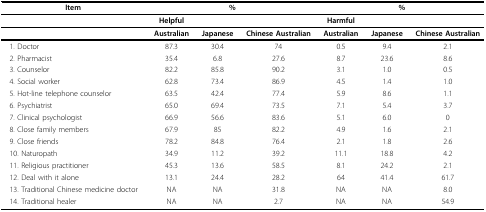
<table><thead><tr><td><b>Item</b></td><td colspan="3"><b>%</b></td><td colspan="3"><b>%</b></td></tr><tr><td></td><td><b>Helpful</b></td><td></td><td></td><td><b>Harmful</b></td><td></td><td></td></tr></thead><tbody><tr><td></td><td><b>Australian</b></td><td><b>Japanese</b></td><td><b>Chinese Australian</b></td><td><b>Australian</b></td><td><b>Japanese</b></td><td><b>Chinese Australian</b></td></tr><tr><td> 1. Doctor</td><td>87.3</td><td>30.4</td><td>74</td><td>0.5</td><td>9.4</td><td>2.1</td></tr><tr><td> 2. Pharmacist</td><td>35.4</td><td>6.8</td><td>27.6</td><td>8.7</td><td>23.6</td><td>8.6</td></tr><tr><td> 3. Counselor</td><td>82.2</td><td>85.8</td><td>90.2</td><td>3.1</td><td>1.0</td><td>0.5</td></tr><tr><td> 4. Social worker</td><td>62.8</td><td>73.4</td><td>86.9</td><td>4.5</td><td>1.4</td><td>1.0</td></tr><tr><td> 5. Hot-line telephone counselor</td><td>63.5</td><td>42.4</td><td>77.4</td><td>5.9</td><td>8.6</td><td>1.1</td></tr><tr><td> 6. Psychiatrist</td><td>65.0</td><td>69.4</td><td>73.5</td><td>7.1</td><td>5.4</td><td>3.7</td></tr><tr><td> 7. Clinical psychologist</td><td>66.9</td><td>56.6</td><td>83.6</td><td>5.1</td><td>6.0</td><td>0</td></tr><tr><td> 8. Close family members</td><td>67.9</td><td>85</td><td>82.2</td><td>4.9</td><td>1.6</td><td>2.1</td></tr><tr><td> 9. Close friends</td><td>78.2</td><td>84.8</td><td>76.4</td><td>2.1</td><td>1.8</td><td>2.6</td></tr><tr><td> 10. Naturopath</td><td>34.9</td><td>11.2</td><td>39.2</td><td>11.1</td><td>18.8</td><td>4.2</td></tr><tr><td> 11. Religious practitioner</td><td>45.3</td><td>13.6</td><td>58.5</td><td>8.1</td><td>24.2</td><td>2.1</td></tr><tr><td> 12. Deal with it alone</td><td>13.1</td><td>24.4</td><td>28.2</td><td>64</td><td>41.4</td><td>61.7</td></tr><tr><td> 13. Traditional Chinese medicine doctor</td><td>NA</td><td>NA</td><td>31.8</td><td>NA</td><td>NA</td><td>8.0</td></tr><tr><td> 14. Traditional healer</td><td>NA</td><td>NA</td><td>2.7</td><td>NA</td><td>NA</td><td>54.9</td></tr></tbody></table>